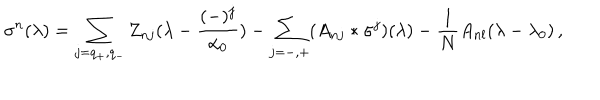
\sigma ^ { n } ( \lambda ) = \sum _ { j = q _ { + } , q _ { - } } Z _ { n j } ( \lambda - { \frac { ( - ) ^ { j } } { \alpha _ { 0 } } } ) - \sum _ { j = - , + } ( A _ { n j } * \sigma ^ { j } ) ( \lambda ) - { \frac { 1 } { N } } A _ { n l } ( \lambda - \lambda _ { 0 } ) \, ,